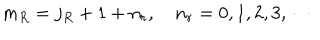
LaTeX: m _ { R } = j _ { R } + 1 + n _ { r } , \quad n _ { r } = 0 , 1 , 2 , 3 , \cdots